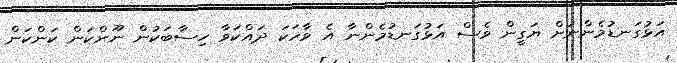
އަޅުގަނޑުމެންނަށް ޔަގީން ވެސް އަޅުގަނޑުމެންނާ އެ ވާހަކަ ދައްކަވާ ހިސާބަކުން ނޫންކަން ކަންކަން